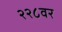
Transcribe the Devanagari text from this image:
२२८वर